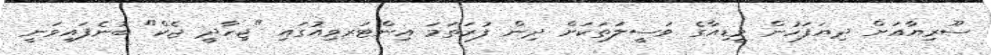
ސޫރިޔާއަށް ދިޔަފަހުން މީޑިއާގެ ވަސީލަތަކަށް ދިން ފުރަތަމަ އިންޓަރވިއުގައި "ޖިހާދީ ޖެކް" ބުނެފައިވަނީ